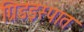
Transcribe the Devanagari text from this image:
ग्रिडइस्पात